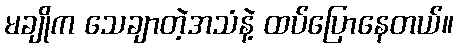
မချိုက သေချာတဲ့အသံနဲ့ ထပ်ပြောနေတယ်။